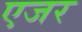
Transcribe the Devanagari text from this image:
एजर